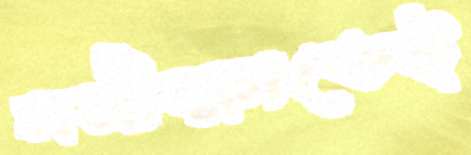
সমীক্ষাতেই